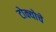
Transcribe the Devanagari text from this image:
टोक्योचे